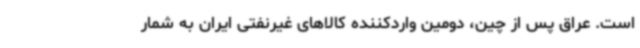
است. عراق پس از چین، دومین واردکننده کالاهای غیرنفتی ایران به شمار